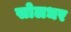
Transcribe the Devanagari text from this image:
सोलधर